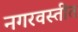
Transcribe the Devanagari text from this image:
नगरवस्तीत